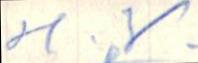
H V.